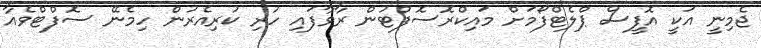
ޖެމިނީ އަކީ އޮފީސް ޕްލެޓްފޯމަށް މައިކްރޮސޮފްޓުން ރާވާފައި ހުރި ކުރިއެރުން ހިމެނޭ ސޮފްޓްވެއާ